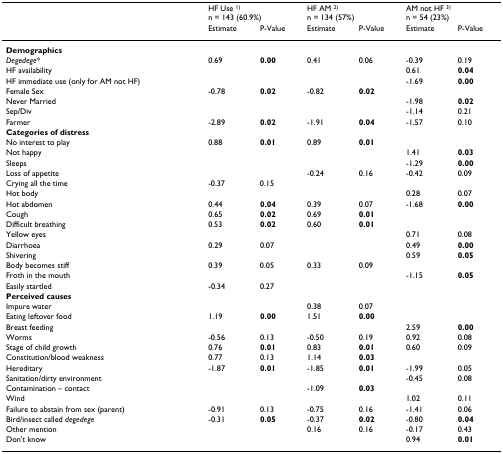
<table><thead><tr><td></td><td colspan="2"><b>HF Use <sup>1)</sup>n = 143 (60.9%)</b></td><td colspan="2"><b>HF AM <sup>2)</sup>n = 134 (57%)</b></td><td colspan="2"><b>AM not HF <sup>3)</sup>n = 54 (23%)</b></td></tr><tr><td></td><td><b>Estimate</b></td><td><b>P-Value</b></td><td><b>Estimate</b></td><td><b>P-Value</b></td><td><b>Estimate</b></td><td><b>P-Value</b></td></tr></thead><tbody><tr><td><b>Demographics</b></td><td></td><td></td><td></td><td></td><td></td><td></td></tr><tr><td><i>Degedege</i>*</td><td>0.69</td><td><b>0.00</b></td><td>0.41</td><td>0.06</td><td>-0.39</td><td>0.19</td></tr><tr><td>HF availability</td><td></td><td></td><td></td><td></td><td>0.61</td><td><b>0.04</b></td></tr><tr><td>HF immediate use (only for AM not HF)</td><td></td><td></td><td></td><td></td><td>-1.69</td><td><b>0.00</b></td></tr><tr><td>Female Sex</td><td>-0.78</td><td><b>0.02</b></td><td>-0.82</td><td><b>0.02</b></td><td></td><td></td></tr><tr><td>Never Married</td><td></td><td></td><td></td><td></td><td>-1.98</td><td><b>0.02</b></td></tr><tr><td>Sep/Div</td><td></td><td></td><td></td><td></td><td>-1.14</td><td>0.21</td></tr><tr><td>Farmer</td><td>-2.89</td><td><b>0.02</b></td><td>-1.91</td><td><b>0.04</b></td><td>-1.57</td><td>0.10</td></tr><tr><td><b>Categories of distress</b></td><td></td><td></td><td></td><td></td><td></td><td></td></tr><tr><td>No interest to play</td><td>0.88</td><td><b>0.01</b></td><td>0.89</td><td><b>0.01</b></td><td></td><td></td></tr><tr><td>Not happy</td><td></td><td></td><td></td><td></td><td>1.41</td><td><b>0.03</b></td></tr><tr><td>Sleeps</td><td></td><td></td><td></td><td></td><td>-1.29</td><td><b>0.00</b></td></tr><tr><td>Loss of appetite</td><td></td><td></td><td>-0.24</td><td>0.16</td><td>-0.42</td><td>0.09</td></tr><tr><td>Crying all the time</td><td>-0.37</td><td>0.15</td><td></td><td></td><td></td><td></td></tr><tr><td>Hot body</td><td></td><td></td><td></td><td></td><td>0.28</td><td>0.07</td></tr><tr><td>Hot abdomen</td><td>0.44</td><td><b>0.04</b></td><td>0.39</td><td>0.07</td><td>-1.68</td><td><b>0.00</b></td></tr><tr><td>Cough</td><td>0.65</td><td><b>0.02</b></td><td>0.69</td><td><b>0.01</b></td><td></td><td></td></tr><tr><td>Difficult breathing</td><td>0.53</td><td><b>0.02</b></td><td>0.60</td><td><b>0.01</b></td><td></td><td></td></tr><tr><td>Yellow eyes</td><td></td><td></td><td></td><td></td><td>0.71</td><td>0.08</td></tr><tr><td>Diarrhoea</td><td>0.29</td><td>0.07</td><td></td><td></td><td>0.49</td><td><b>0.00</b></td></tr><tr><td>Shivering</td><td></td><td></td><td></td><td></td><td>0.59</td><td><b>0.05</b></td></tr><tr><td>Body becomes stiff</td><td>0.39</td><td>0.05</td><td>0.33</td><td>0.09</td><td></td><td></td></tr><tr><td>Froth in the mouth</td><td></td><td></td><td></td><td></td><td>-1.15</td><td><b>0.05</b></td></tr><tr><td>Easily startled</td><td>-0.34</td><td>0.27</td><td></td><td></td><td></td><td></td></tr><tr><td><b>Perceived causes</b></td><td></td><td></td><td></td><td></td><td></td><td></td></tr><tr><td>Impure water</td><td></td><td></td><td>0.38</td><td>0.07</td><td></td><td></td></tr><tr><td>Eating leftover food</td><td>1.19</td><td><b>0.00</b></td><td>1.51</td><td><b>0.00</b></td><td></td><td></td></tr><tr><td>Breast feeding</td><td></td><td></td><td></td><td></td><td>2.59</td><td><b>0.00</b></td></tr><tr><td>Worms</td><td>-0.56</td><td>0.13</td><td>-0.50</td><td>0.19</td><td>0.92</td><td>0.08</td></tr><tr><td>Stage of child growth</td><td>0.76</td><td><b>0.01</b></td><td>0.83</td><td><b>0.01</b></td><td>0.60</td><td>0.09</td></tr><tr><td>Constitution/blood weakness</td><td>0.77</td><td>0.13</td><td>1.14</td><td><b>0.03</b></td><td></td><td></td></tr><tr><td>Hereditary</td><td>-1.87</td><td><b>0.01</b></td><td>-1.85</td><td><b>0.01</b></td><td>-1.99</td><td>0.05</td></tr><tr><td>Sanitation/dirty environment</td><td></td><td></td><td></td><td></td><td>-0.45</td><td>0.08</td></tr><tr><td>Contamination – contact</td><td></td><td></td><td>-1.09</td><td><b>0.03</b></td><td></td><td></td></tr><tr><td>Wind</td><td></td><td></td><td></td><td></td><td>1.02</td><td>0.11</td></tr><tr><td>Failure to abstain from sex (parent)</td><td>-0.91</td><td>0.13</td><td>-0.75</td><td>0.16</td><td>-1.41</td><td>0.06</td></tr><tr><td>Bird/insect called <i>degedege</i></td><td>-0.31</td><td><b>0.05</b></td><td>-0.37</td><td><b>0.02</b></td><td>-0.80</td><td><b>0.04</b></td></tr><tr><td>Other mention</td><td></td><td></td><td>0.16</td><td>0.16</td><td>-0.17</td><td>0.43</td></tr><tr><td>Don&#x27;t know</td><td></td><td></td><td></td><td></td><td>0.94</td><td><b>0.01</b></td></tr></tbody></table>